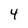
Character: 4